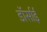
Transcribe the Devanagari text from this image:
डॉर्साई